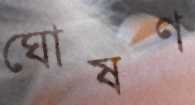
ঘোষণ